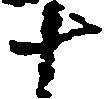
十